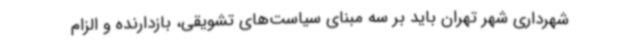
شهرداری شهر تهران باید بر سه مبنای سیاست‌های تشویقی، بازدارنده و الزام